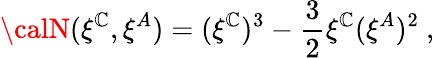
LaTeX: {\calN}(\xi^{\mathbb{C}},\xi^{A})=(\xi^{\mathbb{C}})^{3}-{\frac{{3}}{{2}}}\xi^{\mathbb{C}}(\xi^{A})^{2}\ ,